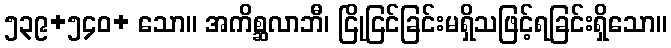
၅၃၉+၅၄၀+ သော။ အကိစ္ဆလာဘီ၊ ငြိုငြင်ခြင်းမရှိသဖြင့်ရခြင်းရှိသော။